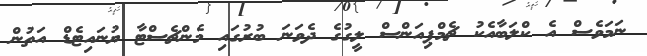
ނަމަވެސް އެ ކްލަބާއެކު ޗެމްޕިއަންސް ލީގުގެ ދެވަނަ ބުރުގައި މެންޗެސްޓާ ޔުނައިޓެޑް އަތުން